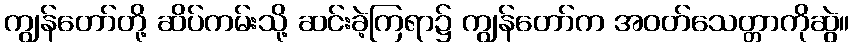
ကျွန်တော်တို့ ဆိပ်ကမ်းသို့ ဆင်းခဲ့ကြရာ၌ ကျွန်တော်က အဝတ်သေတ္တာကိုဆွဲ။